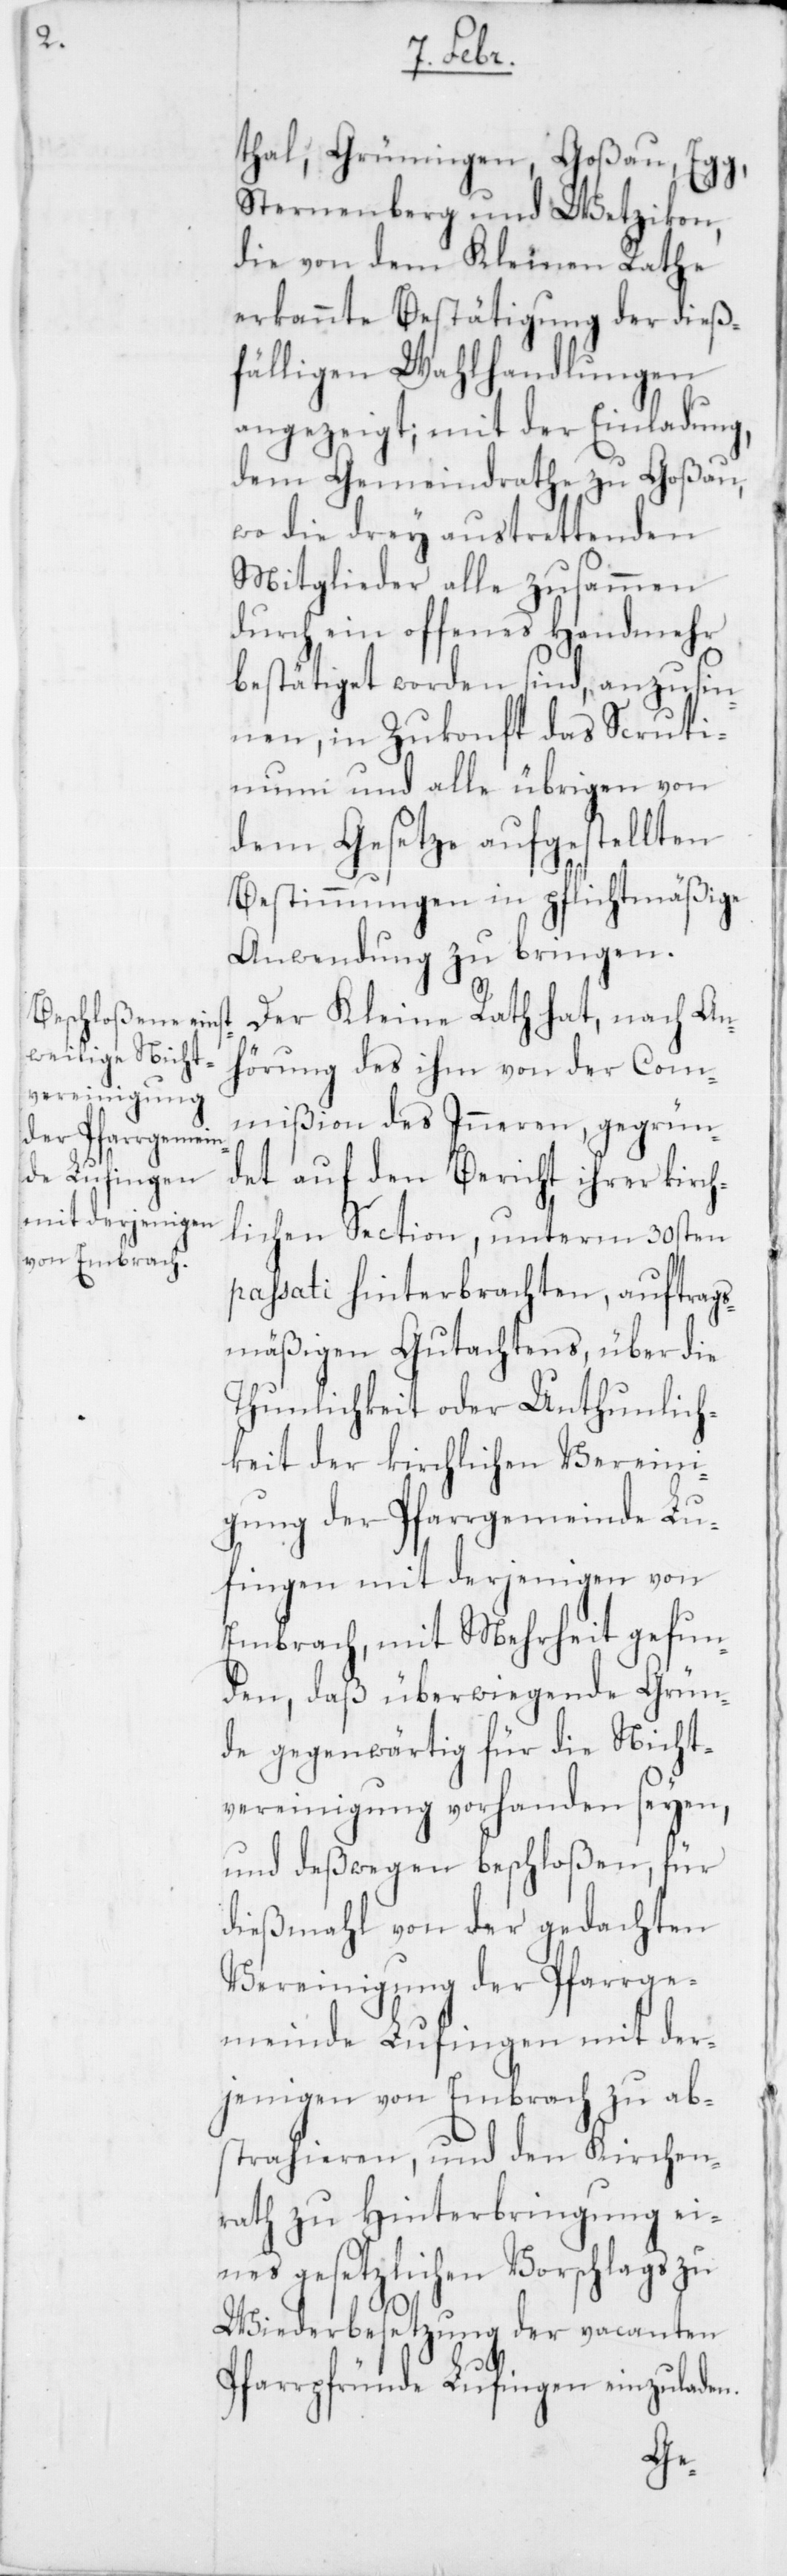
thal, Grüningen, Goßau, Egg,
Sternenberg und Wetzikon,
die von dem Kleinen Rathe
erkannte Bestätigung der dieß¬
fälligen Wahlhandlungen
angezeigt; mit der Einladung,
dem Gemeindrathe zu Goßau,
wo die drey austrettenden
Mitglieder alle zusammen
durch ein offenes Handmehr
bestätiget worden sind, anzusin¬
nen, in Zukonft das Scruti¬
nium und alle übrigen von
dem Gesetze aufgestellten
Bestimmungen in pflichtmäßige
Anwendung zu bringen.
Der Kleine Rath hat, nach An¬
hörung des ihm von der Com¬
mißion des Inneren, gegrün¬
det auf den Bericht ihrer kirch¬
lichen Section, unterm 30sten
passati hinterbrachten, auftrags¬
mäßigen Gutachtens, über die
Thunlichkeit oder Unthunlich¬
keit der kirchlichen Vereini¬
gung der Pfarrgemeinde Lu¬
fingen mit derjenigen von
Embrach, mit Mehrheit gefun¬
den, daß überwiegende Grün¬
de gegenwärtig für die Nicht¬
vereinigung vorhanden seyen,
und deßwegen beschloßen, für
dießmahl von der gedachten
Vereinigung der Pfarrge¬
meinde Lufingen mit der¬
jenigen von Embrach zu ab¬
strahieren, und den Kirchen¬
rath zu Hinterbringung ei¬
nes gesetzlichen Vorschlags zu
Wiederbesetzung der vacanten
Pfarrpfründe Lufingen einzuladen.